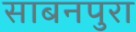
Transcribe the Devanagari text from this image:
साबनपुरा